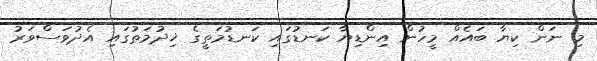
މި ނަން ކިޔާ ބައެއް މީހުން އިންޑިޔާ ކަނޑުގައި ކަނޑުމަތީގެ ޚިދުމަތުގައި އެދުވަސްވަރު